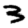
Digit: 3